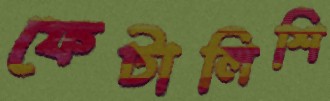
ফেটালিশি